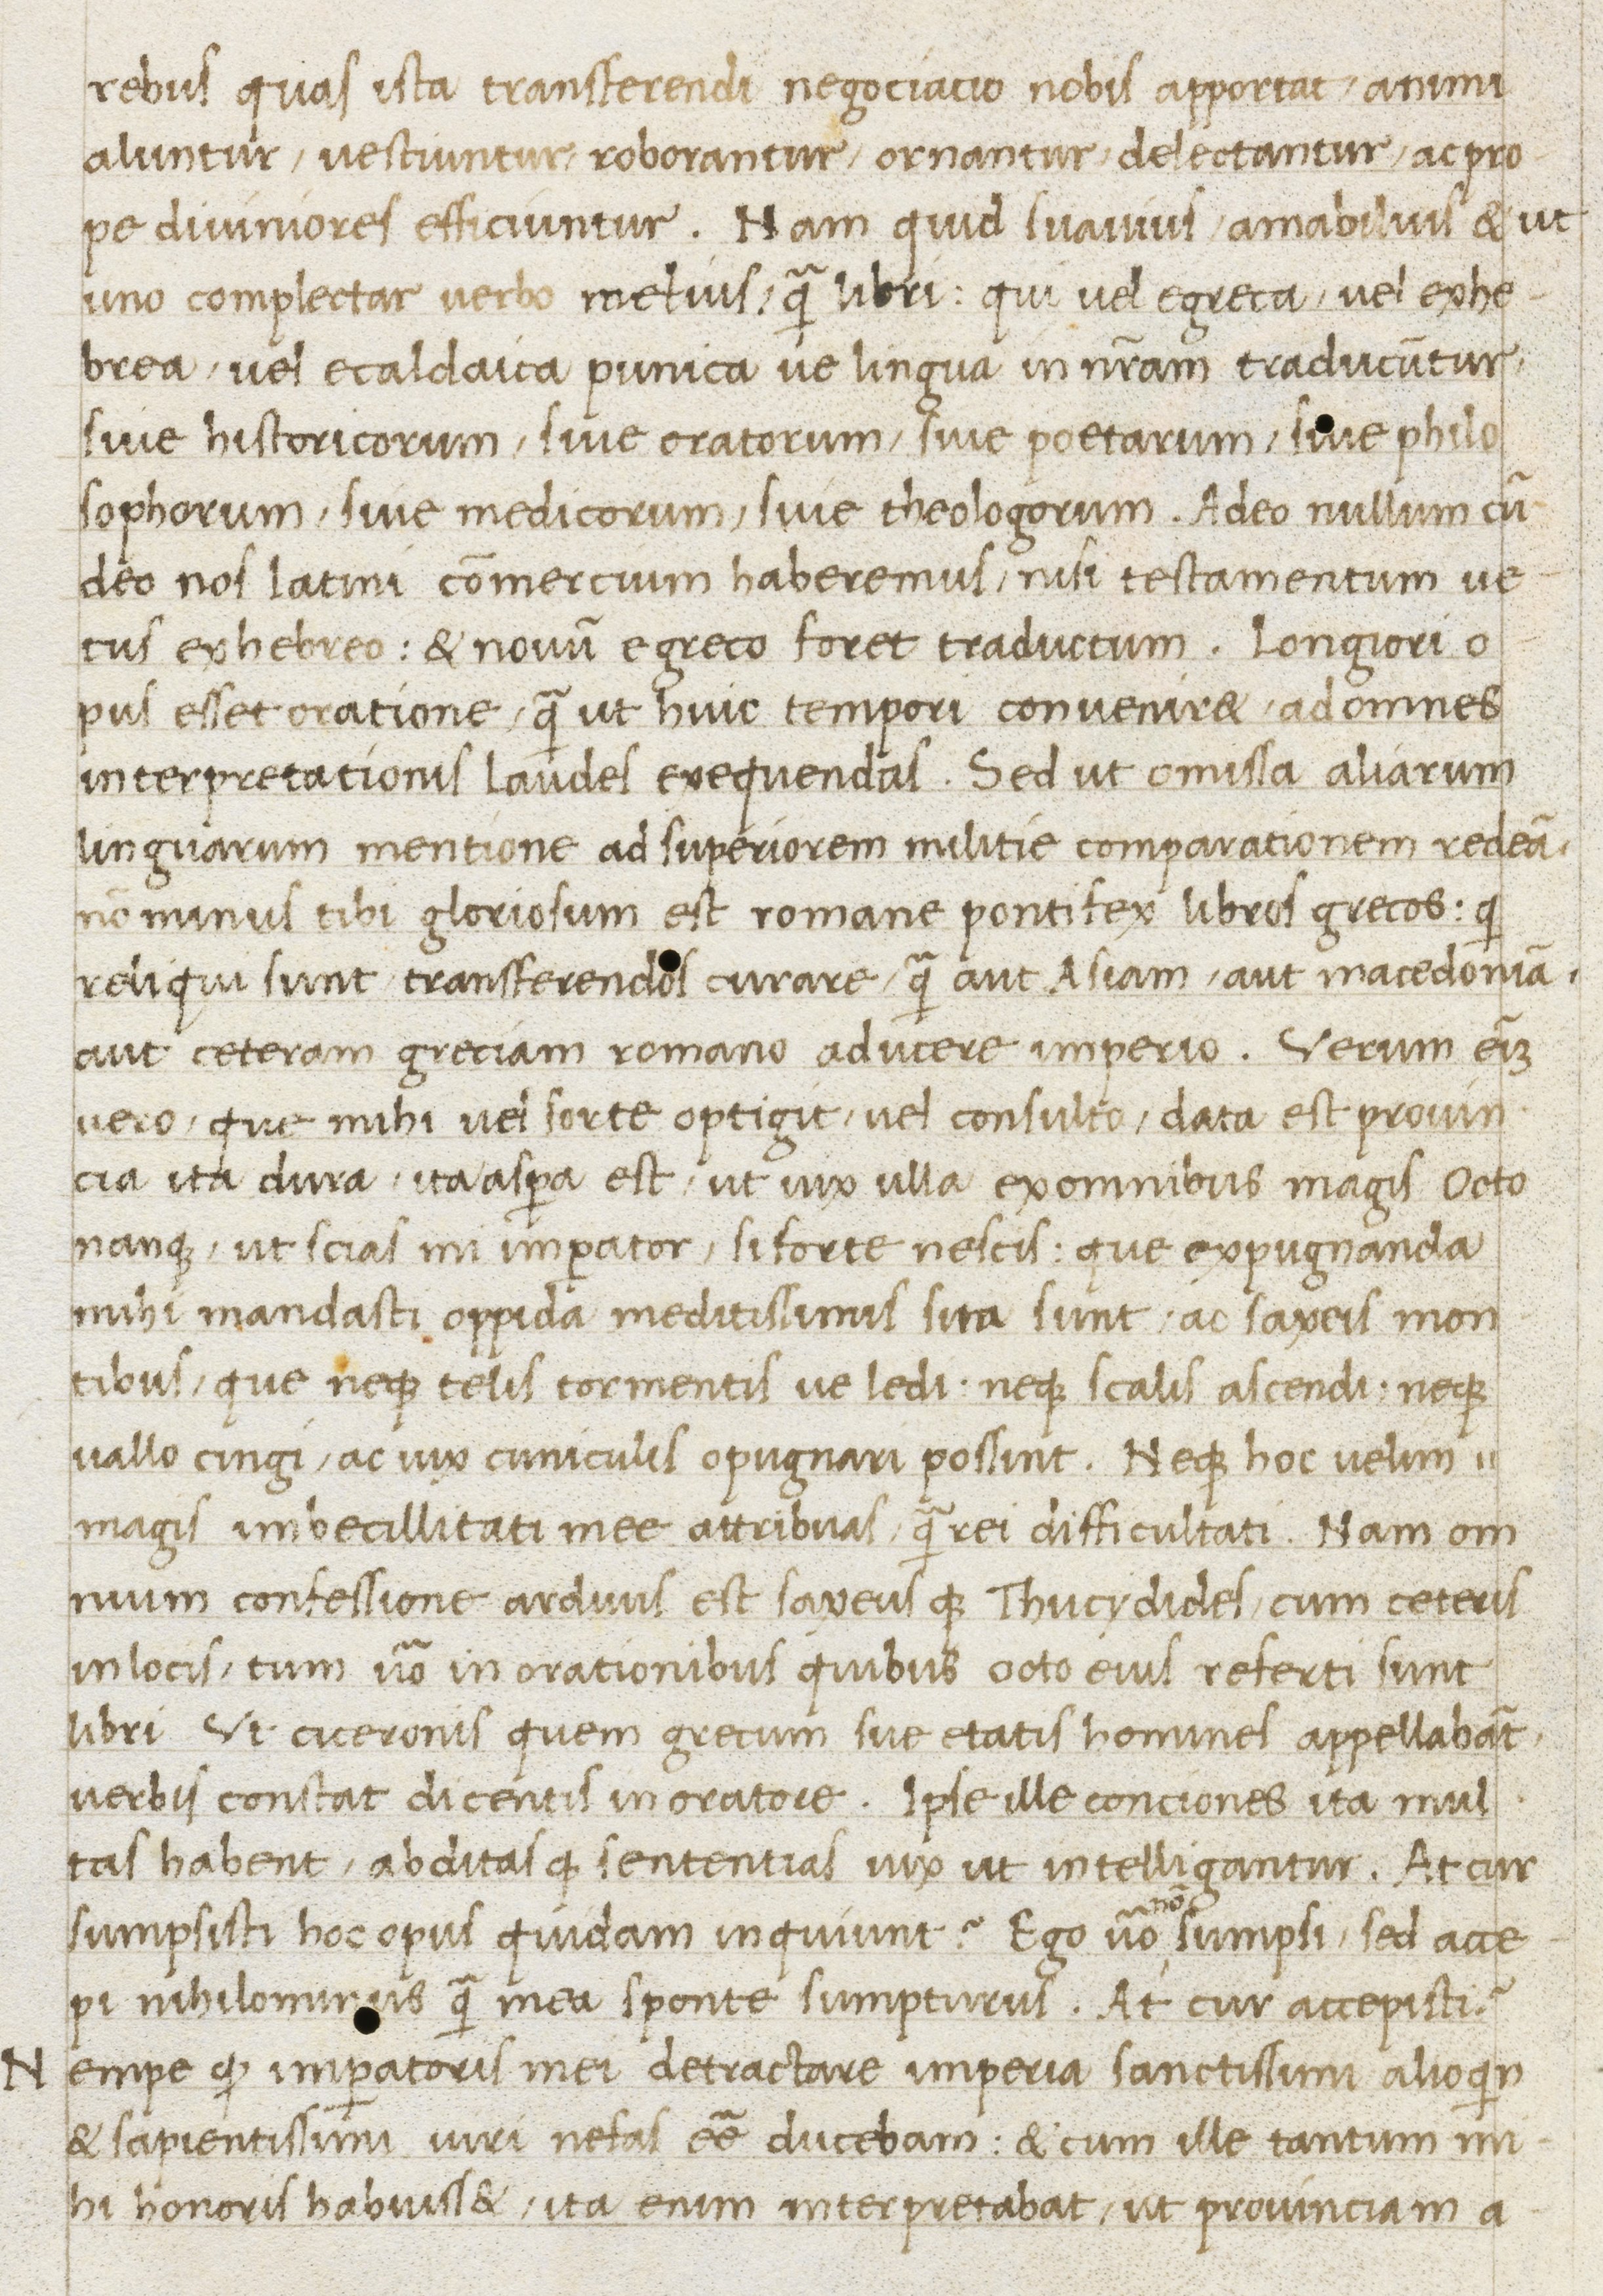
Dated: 1400–1499